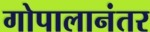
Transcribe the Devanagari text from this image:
गोपालानंतर